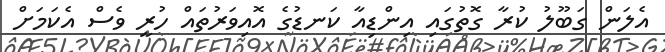
އެލަން ގަބޫލު ކުރާ ގޮތުގައި އިންޑިއާ ކަނޑުގެ އޮއިވަރުތައް ހުރީ ވެސް އެކަމަށް